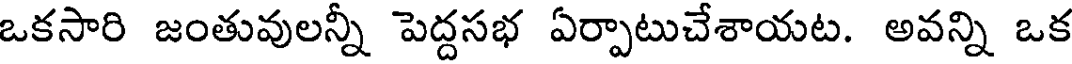
ఒకసారి జంతువులన్నీ పెద్దసభ ఏర్పాటుచేశాయట. అవన్ని ఒక